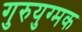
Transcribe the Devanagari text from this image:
गुरुयुग्मक